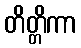
တိတ္တိကာ